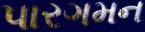
પારગમન